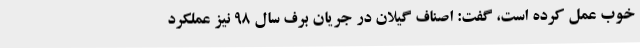
خوب عمل کرده است، گفت: اصناف گیلان در جریان برف سال 98 نیز عملکرد